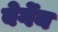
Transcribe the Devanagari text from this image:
बेर्गेन